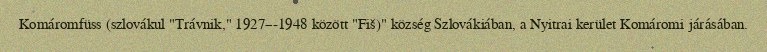
Komáromfüss (szlovákul "Trávnik," 1927–-1948 között "Fiš)" község Szlovákiában, a Nyitrai kerület Komáromi járásában.